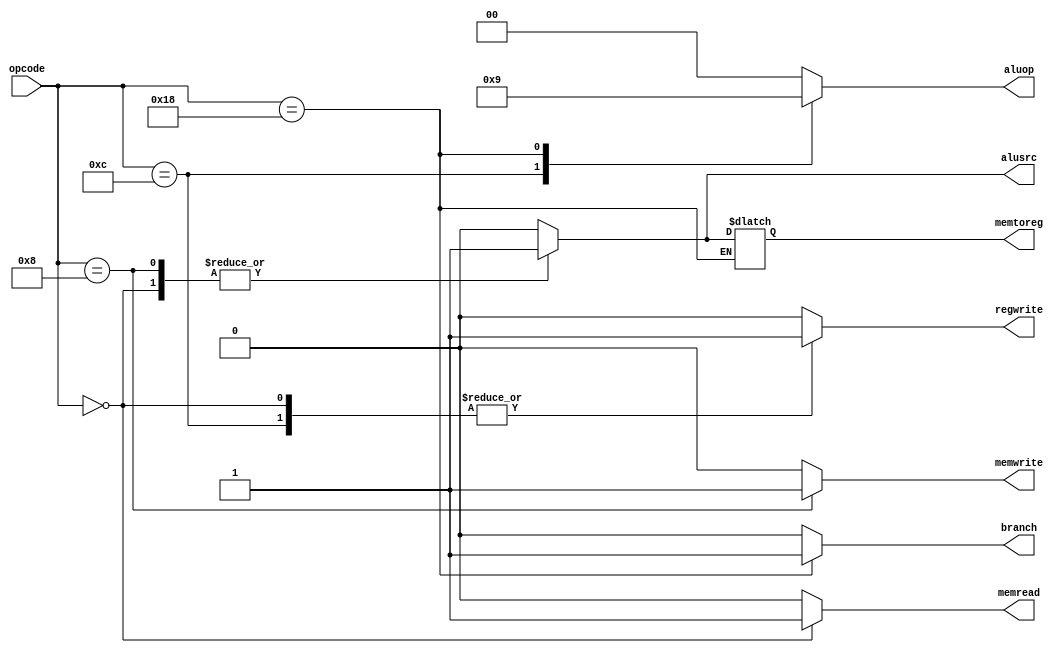
`timescale 1ns / 1ps

module Control_unit(input [6:2]opcode, output reg branch,
output reg  memread,output reg  memtoreg,
output reg [1:0]aluop,output reg memwrite, output reg  alusrc,output reg regwrite );

always @(*)
begin
case(opcode) 
5'b01100 : 
begin 
 branch=0;
  memread=0;
   memtoreg=0;
 aluop=10;
  memwrite=0; 
   alusrc=0;
    regwrite=1;
end
5'b00000 :
begin 
 branch=0;
  memread=1;
   memtoreg=1;
 aluop=00;
  memwrite=0; 
   alusrc=1;
    regwrite=1;
end
5'b01000:
begin 
 branch=0;
  memread=0;
   memtoreg=1;
 aluop=00;
  memwrite=1; 
   alusrc=1;
    regwrite=0;
end
5'b11000:
begin 
 branch=1;
  memread=0;
  // memtoreg=1;
 aluop=01;
  memwrite=0; 
   alusrc=0;
    regwrite=0;
end
default :
begin
 branch=0;
 memread=0;
  memtoreg=0;
aluop=2'b00;
 memwrite=0; 
  alusrc=0;
   regwrite=0;
   end
endcase
end

endmodule